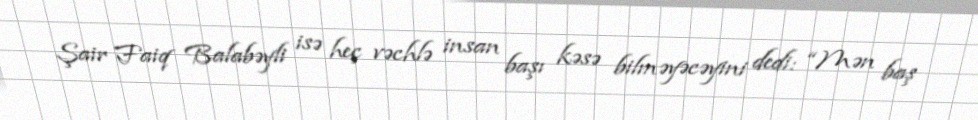
Şair Faiq Balabəyli isə heç vəchlə insan başı kəsə bilməyəcəyini dedi: “Mən baş